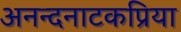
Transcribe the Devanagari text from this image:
अनन्दनाटकप्रिया